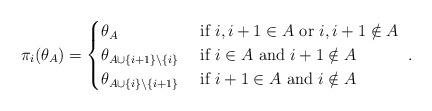
LaTeX: \begin{align*}\pi_i(\theta_A) = \begin{cases}\theta_{A} & \hbox{ if } i, i+1 \in A\hbox{ or }i, i+1 \notin A\\\theta_{A \cup \{i+1\} \backslash \{i\}} & \hbox{ if } i\in A\hbox{ and }i+1 \notin A\\\theta_{A \cup \{i\} \backslash \{i+1\}} & \hbox{ if } i+1\in A\hbox{ and }i \notin A\end{cases}~.\end{align*}